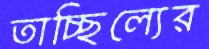
তাচ্ছিল্যের